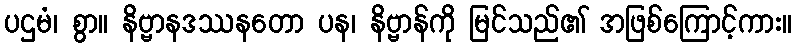
ပဌမံ၊ စွာ။ နိဗ္ဗာနဒဿနတော ပန၊ နိဗ္ဗာန်ကို မြင်သည်၏ အဖြစ်ကြောင့်ကား။